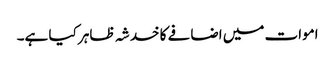
اموات میں اضافے کا خدشہ ظاہر کیا ہے۔